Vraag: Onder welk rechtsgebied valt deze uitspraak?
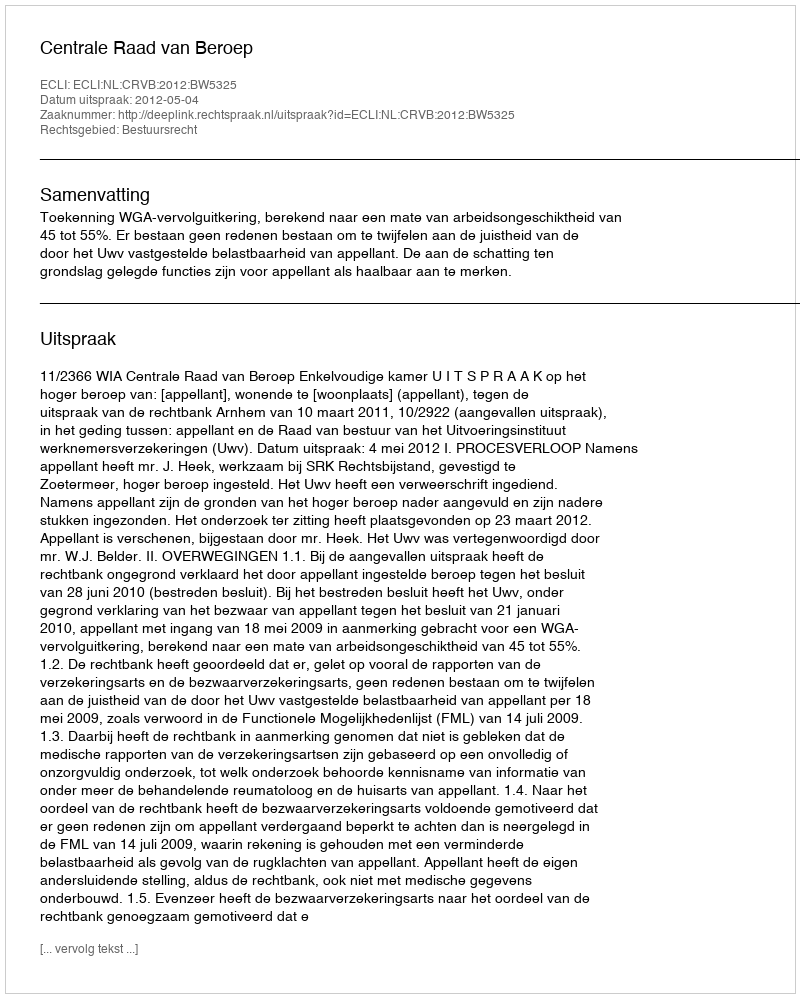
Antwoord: Bestuursrecht